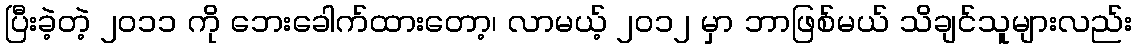
ပြီးခဲ့တဲ့ ၂ဝ၁၁ ကို ဘေးခေါက်ထားတော့၊ လာမယ့် ၂ဝ၁၂ မှာ ဘာဖြစ်မယ် သိချင်သူများလည်း